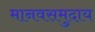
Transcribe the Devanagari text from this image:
मानवसमुदाय